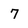
Character: 7